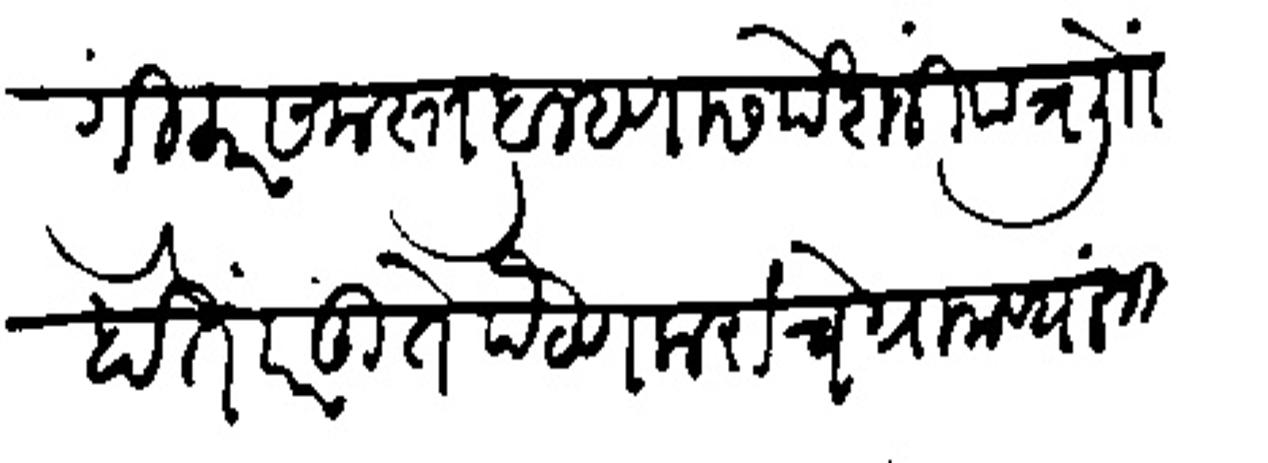
Transliteration (Devanagari): गीकर समस्त ब्राम्हणास पेशजीं पत्र लिोां होतें परंतु ते पैठणकरंचे ग्रामष्यांतील